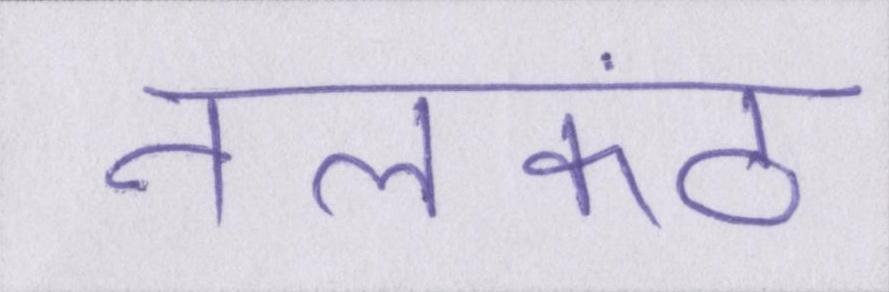
नीलकंठ